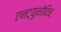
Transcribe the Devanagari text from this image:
एनट्युनोविच